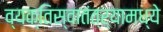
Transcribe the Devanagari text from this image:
व्यक्तिस्वातंत्र्यामध्ये